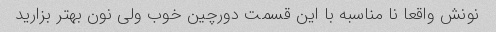
نونش واقعا نا مناسبه با این قسمت دورچین خوب ولی نون بهتر بزارید